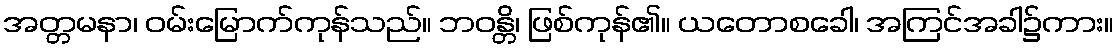
အတ္တမနာ၊ ဝမ်းမြောက်ကုန်သည်။ ဘဝန္တိ၊ ဖြစ်ကုန်၏။ ယတောစခေါ၊ အကြင်အခါ၌ကား။